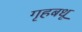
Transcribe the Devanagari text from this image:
गृहबधू